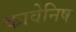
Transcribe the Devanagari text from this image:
कावेनिष